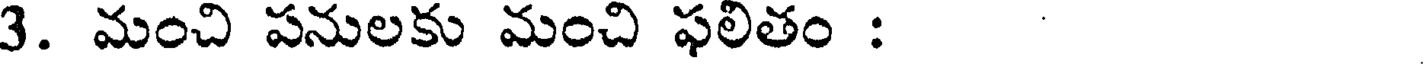
3. మంచి పనులకు మంచి ఫలితం :